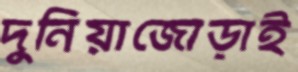
দুনিয়াজোড়াই